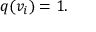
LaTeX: q ( v _ { i } ) = 1 .